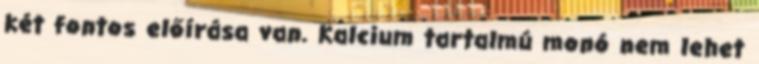
két fontos előírása van. Kalcium tartalmú monó nem lehet